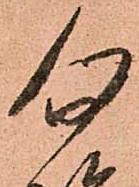
勿